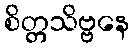
စိတ္တသိဗ္ဗနေ